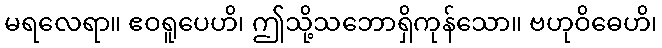
မရလေရာ။ ဧဝရူပေဟိ၊ ဤသို့သဘောရှိကုန်သော။ ဗဟုဝိဓေဟိ၊